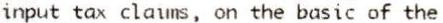
INPUT TAX CLAIMS, ON THE BASIC OF THE